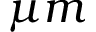
\mu m